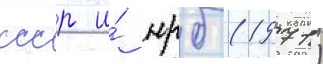
ссср и́ нрб (1971)